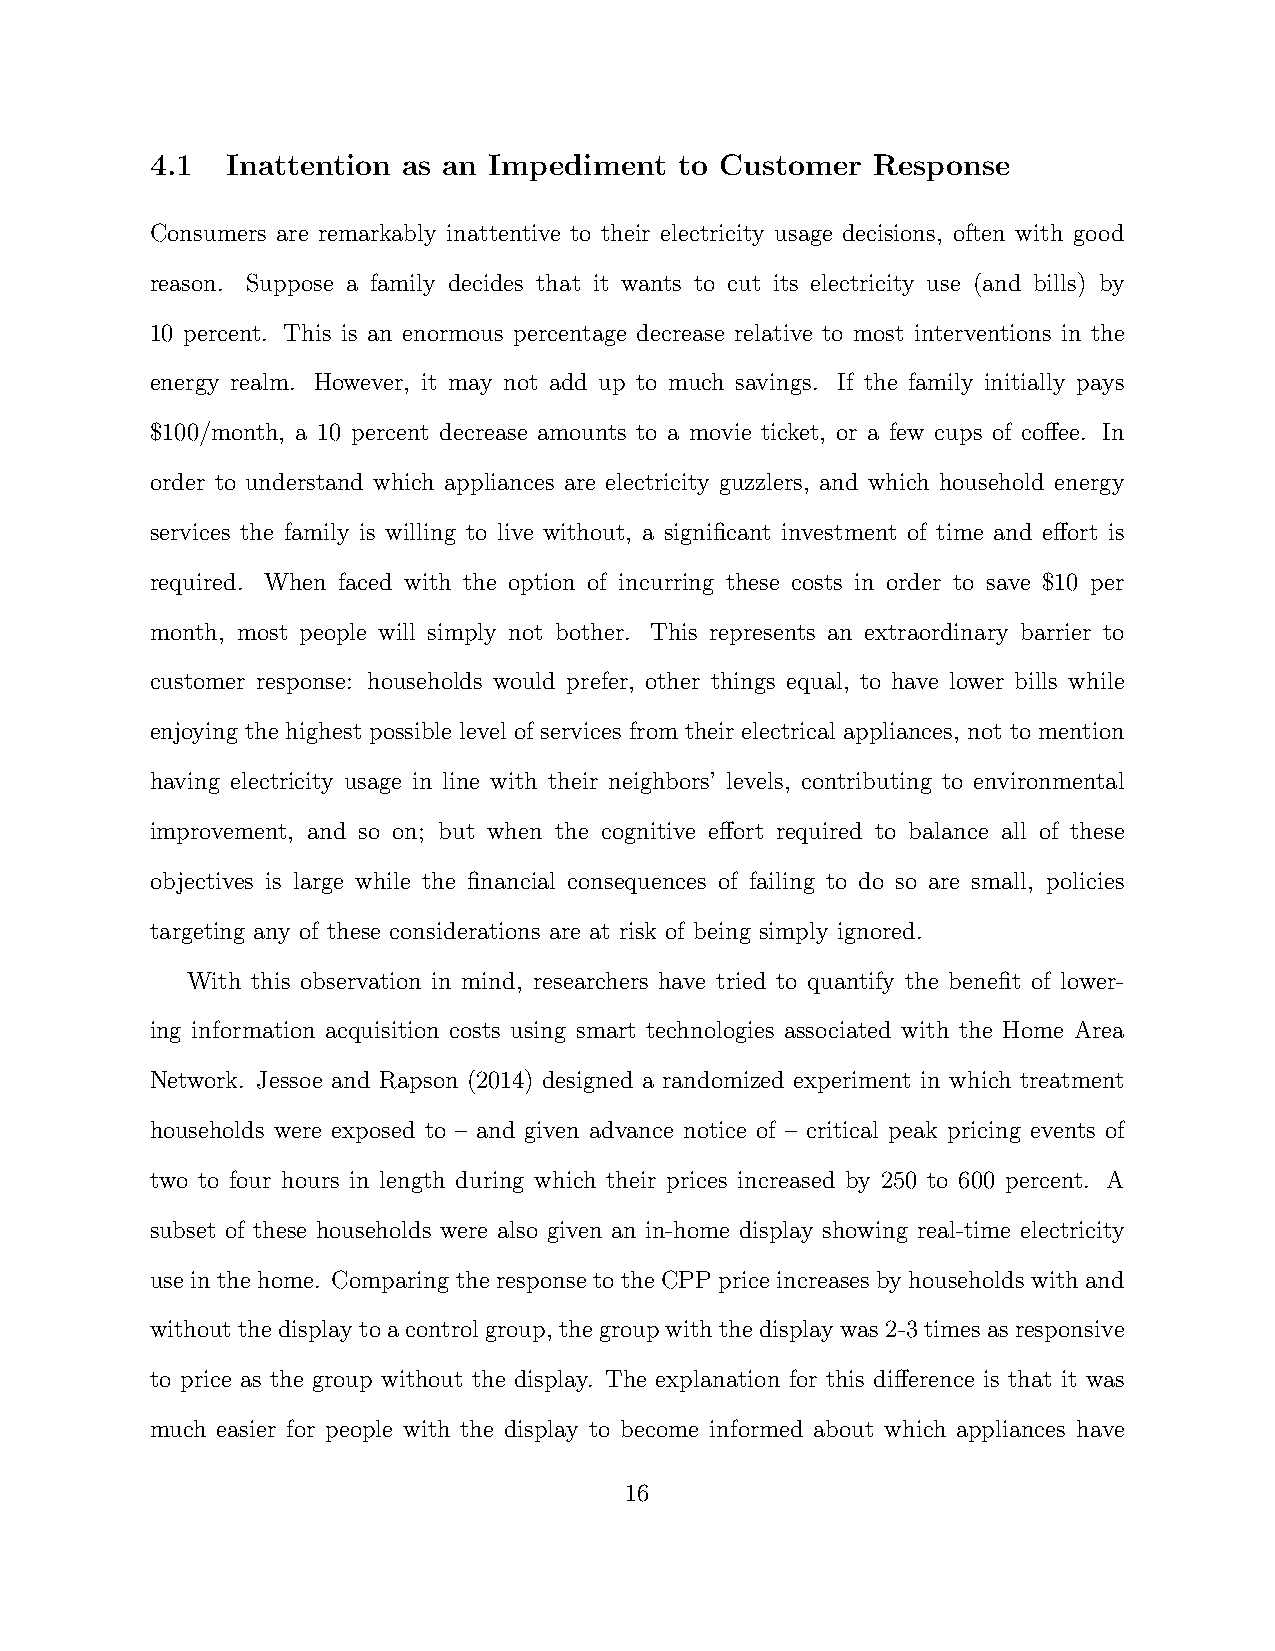
4.1  Inattention as an Impediment  to Customer  Response
 Consumers are remarkably inattentive to their electricity usage decisions, often with good
 reason. Suppose a family decides that it wants to cut its electricity use (and bills) by
 10 percent. This is an enormous percentage decrease relative to most interventions in the
 energy realm. However, it may not add up to much savings. If the family initially pays
 $100/month, a 10 percent decrease amounts to a movie ticket, or a few cups of coffee. In
 order to understand which appliances are electricity guzzlers, and which household energy
 services the family is willing to live without, a significant investment of time and effort is
 required. When faced with the option of incurring these costs in order to save $10 per
 month, most people will simply not bother. This represents an extraordinary barrier to
 customer response: households would prefer, other things equal, to have lower bills while
 enjoying the highest possible level of services from their electrical appliances, not to mention
 having electricity usage in line with their neighbors’ levels, contributing to environmental
 improvement, and so on; but when the cognitive effort required to balance all of these
 objectives is large while the financial consequences of failing to do so are small, policies
 targeting any of these considerations are at risk of being simply ignored.
 With this observation in mind, researchers have tried to quantify the benefit of lower-
 ing information acquisition costs using smart technologies associated with the Home Area
 Network. Jessoe and Rapson (2014) designed a randomized experiment in which treatment
 households were exposed to – and given advance notice of – critical peak pricing events of
 two to four hours in length during which their prices increased by 250 to 600 percent. A
 subset of these households were also given an in-home display showing real-time electricity
 use in the home. Comparing the response to the CPP price increases by households with and
 withoutthedisplaytoacontrolgroup, thegroupwiththedisplaywas2-3timesasresponsive
 to price as the group without the display. The explanation for this difference is that it was
 much easier for people with the display to become informed about which appliances have
 16